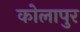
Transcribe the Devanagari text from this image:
कोलापुर